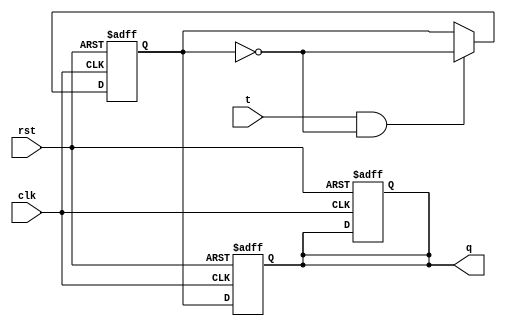
module t_flip_flop (
    input wire  clk,
    input wire  rst,
    input wire  t,
    output reg  q
);

reg d1, d2;

always @(posedge clk or posedge rst) begin
    if (rst) begin
        d1 <= 1'b0;
        d2 <= 1'b0;
    end else if (t & ~d1) begin
        d1 <= ~d1;
    end else begin
        d1 <= d1;
    end
end

always @(negedge clk or posedge rst) begin
    if (rst) begin
        d2 <= 1'b0;
    end else begin
        d2 <= d1;
    end
end

assign q = d2;

endmodule